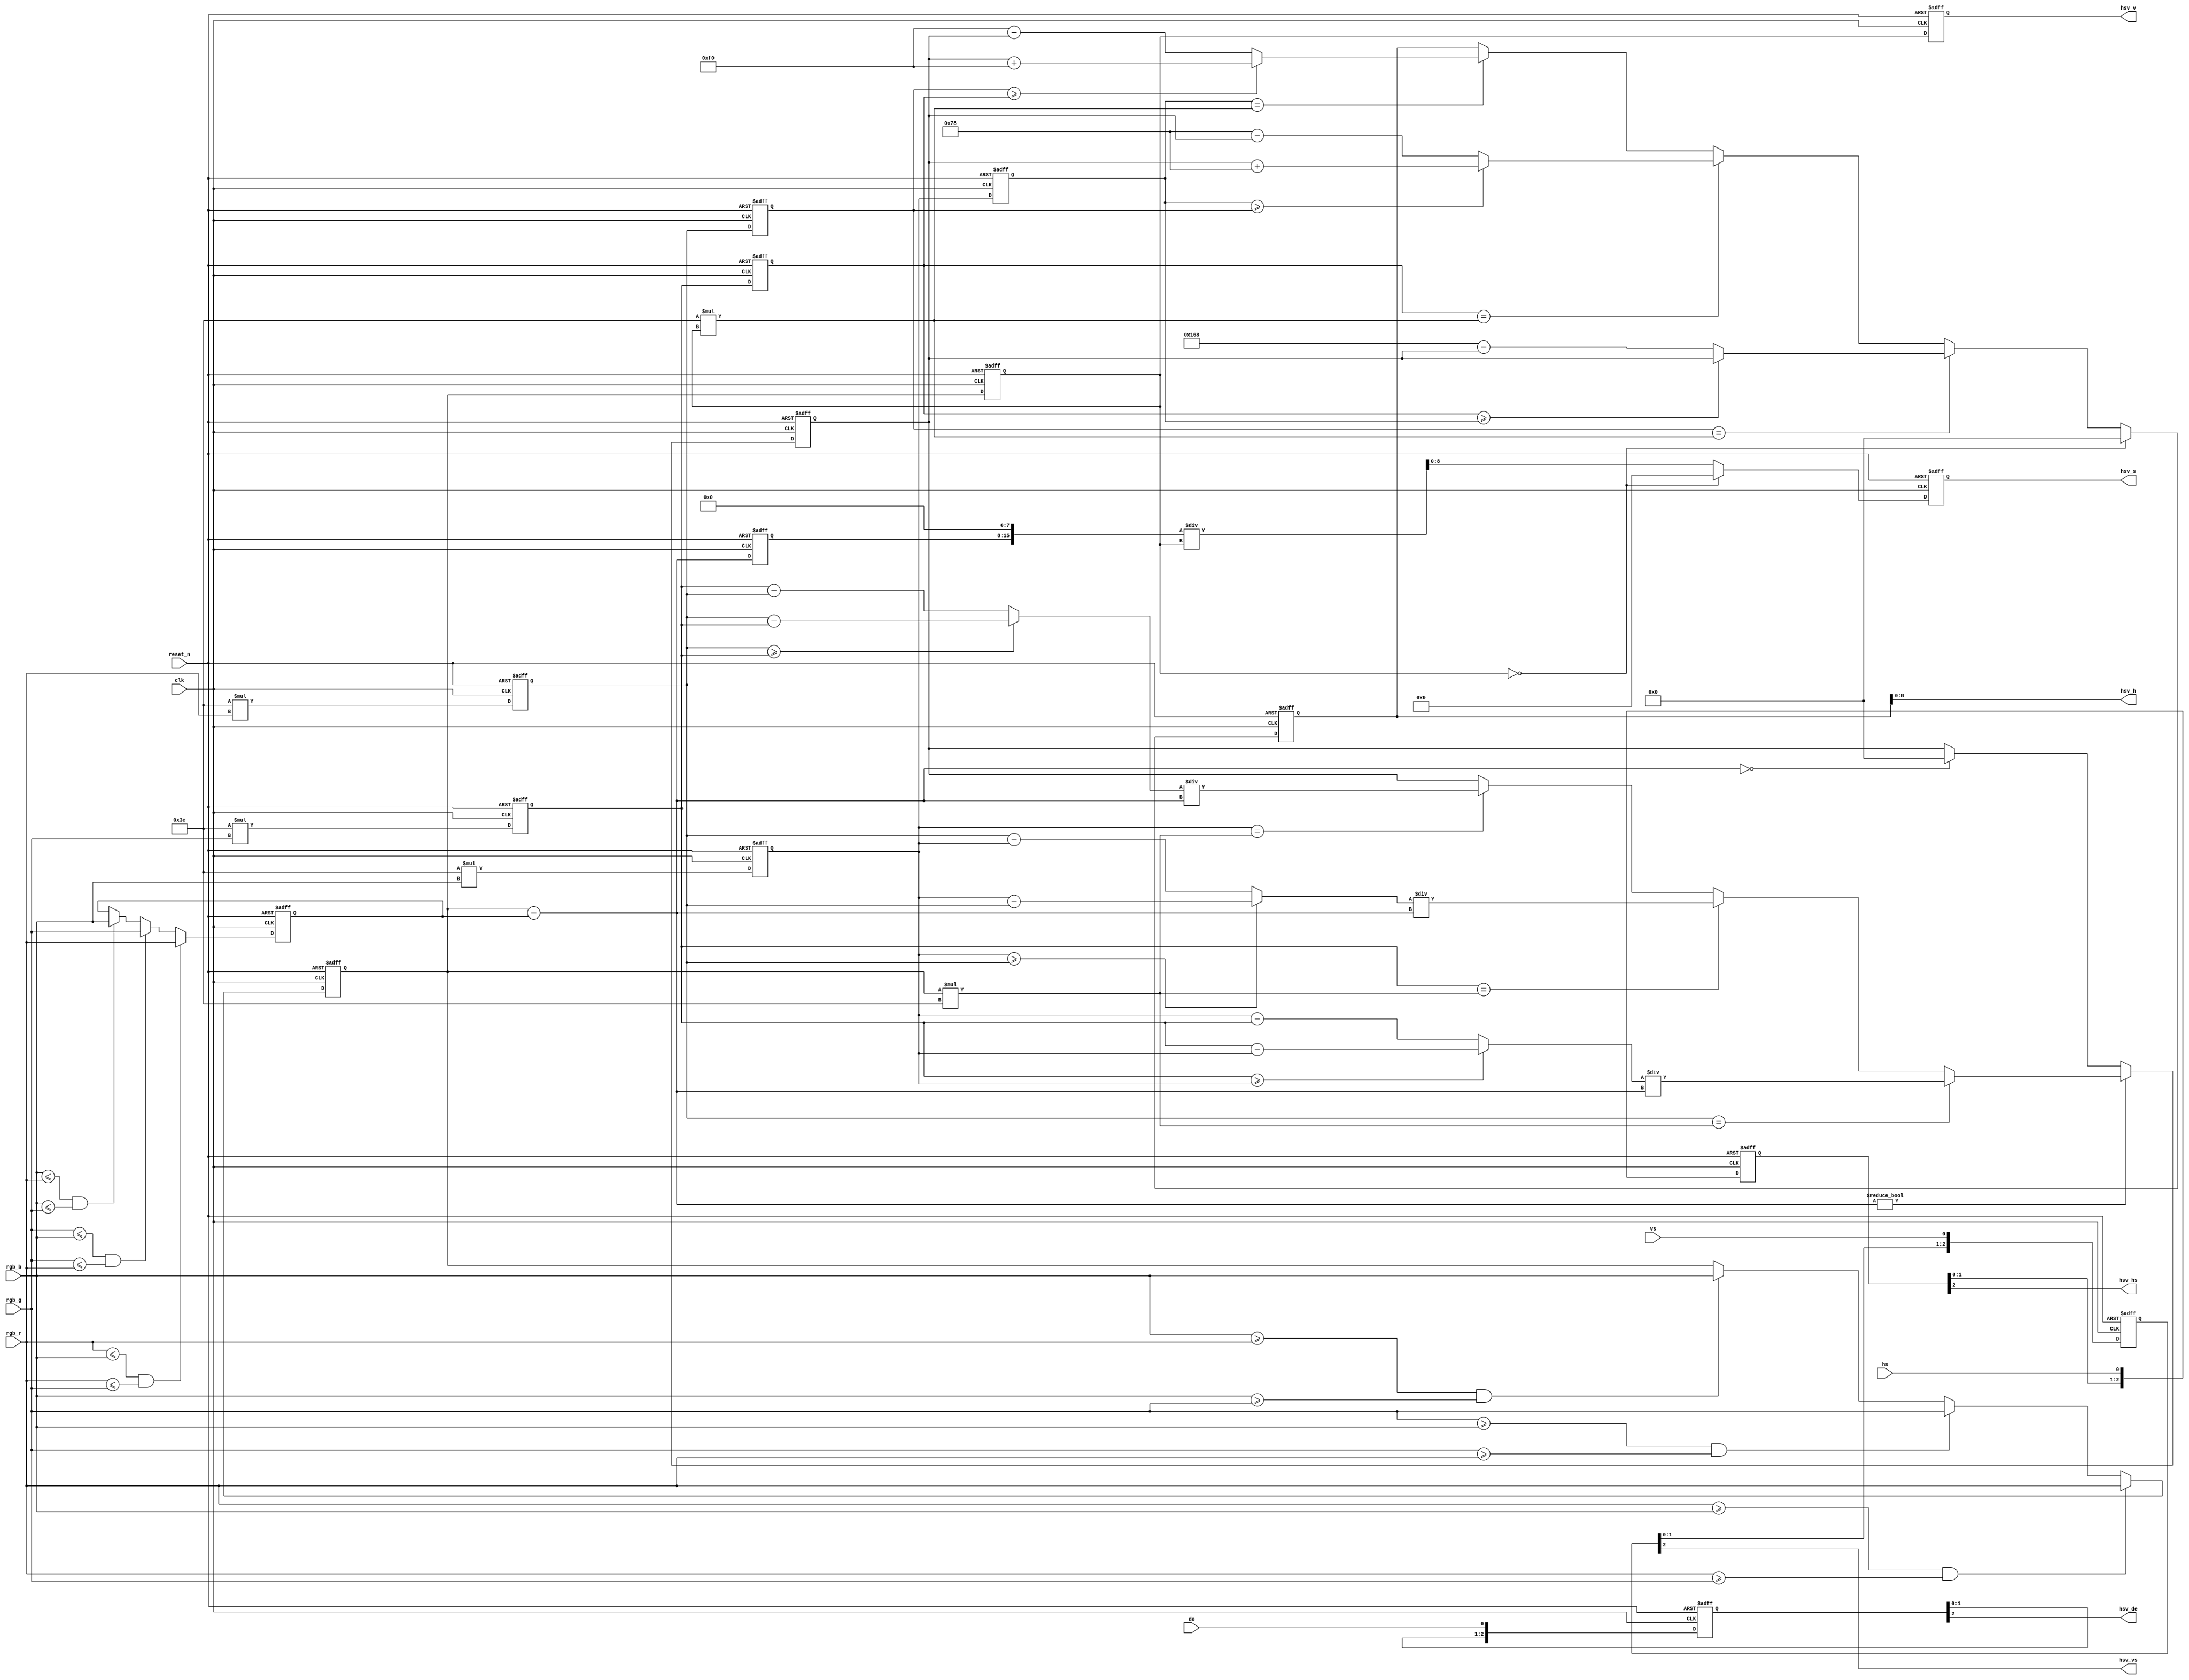
module rgb2hsv(
           input clk,
           input reset_n,
           input [7: 0]rgb_r,
           input [7: 0]rgb_g,
           input [7: 0]rgb_b,
           input vs,
           input hs,
           input de,
           output [8: 0]hsv_h,
           output [8: 0]hsv_s,
           output [7: 0]hsv_v,
           output hsv_vs,
           output hsv_hs,
           output hsv_de
       );


reg [7: 0]max;
reg	[7: 0]min;
reg	[13: 0]rgb_r_r;
reg	[13: 0]rgb_g_r;
reg	[13: 0]rgb_b_r;

reg [13: 0]rgb_r_r2;
reg	[13: 0]rgb_g_r2;
reg	[13: 0]rgb_b_r2;
reg	[7: 0]max_r;

wire [7: 0]max_min;
assign	max_min = max - min;
reg [7: 0]max_min_r;
wire [13: 0]max60;
assign max60 = max * 60;

wire [13: 0] g_b;
wire [13: 0] b_r;
wire [13: 0] r_g;
assign	g_b = (rgb_g_r >= rgb_b_r) ? (rgb_g_r - rgb_b_r) : (rgb_b_r - rgb_g_r);
assign b_r = (rgb_b_r >= rgb_r_r) ? (rgb_b_r - rgb_r_r) : (rgb_r_r - rgb_b_r);
assign r_g = (rgb_r_r >= rgb_g_r) ? (rgb_r_r - rgb_g_r) : (rgb_g_r - rgb_r_r);


reg [13: 0]temp;
reg	[13: 0]hsv_h_r;
reg	[15: 0]hsv_s_r;
reg	[7: 0]hsv_v_r;


always@(posedge clk or negedge reset_n) begin
    if (!reset_n) begin
        rgb_r_r <= 0;
        rgb_g_r <= 0;
        rgb_b_r <= 0;
    end
    else begin
        rgb_r_r <= 60 * rgb_r;
        rgb_g_r <= 60 * rgb_g;
        rgb_b_r <= 60 * rgb_b;
    end
end

always@(posedge clk or negedge reset_n) begin
    if (!reset_n) begin
        rgb_r_r2 <= 0;
        rgb_g_r2 <= 0;
        rgb_b_r2 <= 0;
    end
    else begin
        rgb_r_r2 <= rgb_r_r;
        rgb_g_r2 <= rgb_g_r;
        rgb_b_r2 <= rgb_b_r;
    end
end

always@(posedge clk or negedge reset_n) begin
    if (!reset_n)
        max <= 0;
    else if ((rgb_r >= rgb_b) && (rgb_r >= rgb_g))
        max <= rgb_r;
    else if ((rgb_g >= rgb_b) && (rgb_g >= rgb_r))
        max <= rgb_g;
    else if ((rgb_b >= rgb_r) && (rgb_b >= rgb_g))
        max <= rgb_b;
end

always@(posedge clk or negedge reset_n) begin
    if (!reset_n)
        min <= 0;
    else if ((rgb_r <= rgb_b) && (rgb_r <= rgb_g))
        min <= rgb_r;
    else if ((rgb_g <= rgb_b) && (rgb_g <= rgb_r))
        min <= rgb_g;
    else if ((rgb_b <= rgb_r) && (rgb_b <= rgb_g))
        min <= rgb_b;
end

always@(posedge clk or negedge reset_n) begin
    if (!reset_n)
        max_min_r <= 0;
    else
        max_min_r <= max_min;
end

always@(posedge clk or negedge reset_n) begin
    if (!reset_n)
        temp <= 0;
    else if (max_min != 0) begin
        if (rgb_r_r == max60)
            temp <= g_b / {6'b0, max_min};
        else if (rgb_g_r == max60)
            temp <= b_r / {6'b0, max_min};
        else if (rgb_b_r == max60)
            temp <= r_g / {6'b0, max_min};
    end
    else if (max_min == 0)
        temp <= 0;
end

always@(posedge clk or negedge reset_n) begin
    if (!reset_n)
        max_r <= 0;
    else
        max_r <= max;
end

always@(posedge clk or negedge reset_n) begin
    if (!reset_n)
        hsv_h_r <= 0;
    else if (max_r == 0)
        hsv_h_r <= 0;
    else if (rgb_r_r2 == 60 * max_r)
        hsv_h_r <= (rgb_g_r2 >= rgb_b_r2) ? temp : (14'd360 - temp);
    else if (rgb_g_r2 == 60 * max_r)
        hsv_h_r <= (rgb_b_r2 >= rgb_r_r2) ? (temp + 120) : (14'd120 - temp);
    else if (rgb_b_r2 == 60 * max_r)
        hsv_h_r <= (rgb_r_r2 >= rgb_g_r2) ? (temp + 240) : (14'd240 - temp);
end

always@(posedge clk or negedge reset_n) begin
    if (!reset_n)
        hsv_s_r <= 0;
    else if (max_r == 0)
        hsv_s_r <= 0;
    else
        hsv_s_r <= {max_min_r, 8'b0} / {8'b0, max_r};
end


always@(posedge clk or negedge reset_n) begin
    if (!reset_n)
        hsv_v_r <= 0;
    else
        hsv_v_r <= max_r;
end

reg [2: 0]vs_delay;
reg	[2: 0]hs_delay;
reg	[2: 0]de_delay;


always@(posedge clk or negedge reset_n) begin
    if (!reset_n) begin
        vs_delay <= 0;
        hs_delay <= 0;
        de_delay <= 0;
    end
    else begin
        vs_delay <= { vs_delay[1: 0], vs};
        hs_delay <= { hs_delay[1: 0], hs};
        de_delay <= { de_delay[1: 0], de};
    end
end

assign hsv_vs = vs_delay[2];
assign hsv_hs = hs_delay[2];
assign hsv_de = de_delay[2];

assign hsv_h = hsv_h_r[8: 0];
assign hsv_s = hsv_s_r[8: 0];
assign hsv_v = hsv_v_r;

endmodule